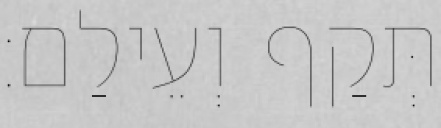
תְּקַף וְעֵילַם׃